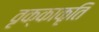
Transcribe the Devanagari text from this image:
वृक्काकृति